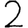
Digit: 2